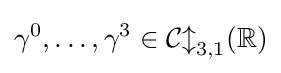
\gamma ^{0},\ldots ,\gamma ^{3}\in {\mathcal {Cl}}_{3,1}(\mathbb {R} )